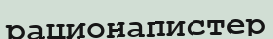
рационапистер